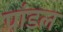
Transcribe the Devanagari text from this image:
पांडल